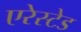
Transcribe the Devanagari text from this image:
एरेस्टेड